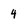
Character: 4